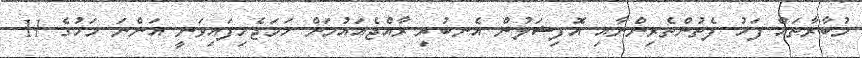
މުބާރާތައް ފަހު ފެތުންތެރިންނާއި އޮފިޝަލުން އެނބުރި ރާއްޖެއައުމަށް ހަމަޖެހިފައިވަނީ އަންނަ މަހުގެ 11